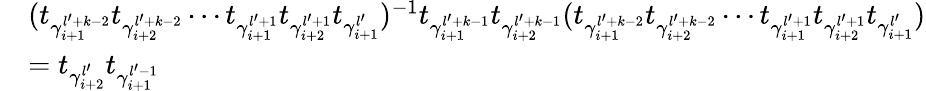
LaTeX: \begin{array}{rl}&{(t_{\gamma_{i+1}^{l^{\prime}+k-2}}t_{\gamma_{i+2}^{l^{\prime}+k-2}}\cdots t_{\gamma_{i+1}^{l^{\prime}+1}}t_{\gamma_{i+2}^{l^{\prime}+1}}t_{\gamma_{i+1}^{l^{\prime}}})^{-1}t_{\gamma_{i+1}^{l^{\prime}+k-1}}t_{\gamma_{i+2}^{l^{\prime}+k-1}}(t_{\gamma_{i+1}^{l^{\prime}+k-2}}t_{\gamma_{i+2}^{l^{\prime}+k-2}}\cdots t_{\gamma_{i+1}^{l^{\prime}+1}}t_{\gamma_{i+2}^{l^{\prime}+1}}t_{\gamma_{i+1}^{l^{\prime}}})}\\ &{=t_{\gamma_{i+2}^{l^{\prime}}}t_{\gamma_{i+1}^{l^{\prime}-1}}}\end{array}